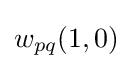
w_{pq}(1,0)